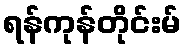
ရန်ကုန်တိုင်းမ်